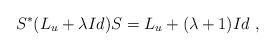
LaTeX: \begin{align*}S^*(L_u+\lambda Id)S=L_u+(\lambda +1)Id \ ,\end{align*}